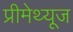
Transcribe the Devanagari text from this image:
प्रीमेथ्यूज